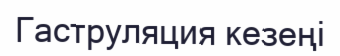
Гаструляция кезеңі